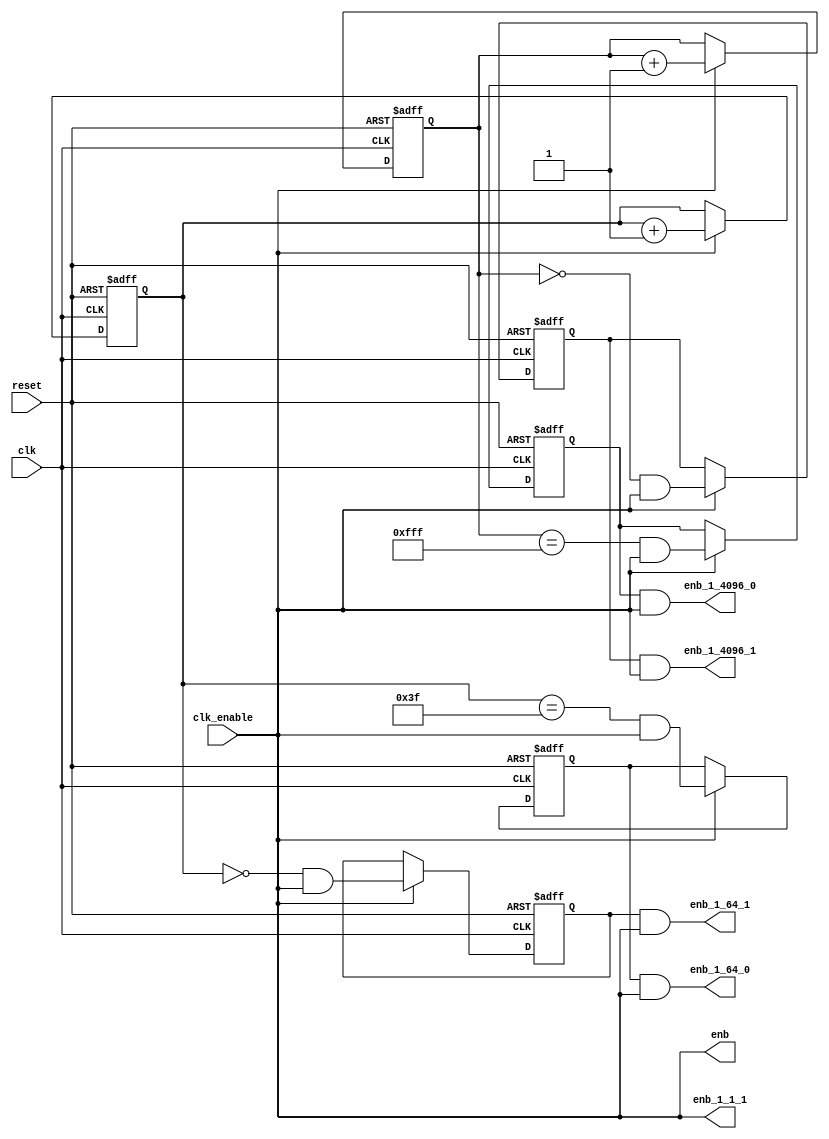
// -------------------------------------------------------------
// 
// 
// Generated by MATLAB 9.14 and HDL Coder 4.1
// 
// -------------------------------------------------------------


// -------------------------------------------------------------
// 
// Module: Transmitter_tc
// Source Path: Transmitter_tc
// Hierarchy Level: 1
// 
// Master clock enable input: clk_enable
// 
// enb         : identical to clk_enable
// enb_1_1_1   : identical to clk_enable
// enb_1_64_0  : 64x slower than clk with last phase
// enb_1_64_1  : 64x slower than clk with phase 1
// enb_1_4096_0: 4096x slower than clk with last phase
// enb_1_4096_1: 4096x slower than clk with phase 1
// 
// -------------------------------------------------------------

`timescale 1 ns / 1 ns

module Transmitter_tc
          (clk,
           reset,
           clk_enable,
           enb,
           enb_1_1_1,
           enb_1_64_0,
           enb_1_64_1,
           enb_1_4096_0,
           enb_1_4096_1);


  input   clk;
  input   reset;
  input   clk_enable;
  output  enb;
  output  enb_1_1_1;
  output  enb_1_64_0;
  output  enb_1_64_1;
  output  enb_1_4096_0;
  output  enb_1_4096_1;


  reg [5:0] count64;  // ufix6
  wire comp_0_tmp;
  wire phase_0_tmp;
  reg  phase_0;
  wire enb_1_64_0_1;
  wire comp_1_tmp;
  wire phase_1_tmp;
  reg  phase_1;
  wire enb_1_64_1_1;
  reg [11:0] count4096;  // ufix12
  wire comp_0_tmp_1;
  wire phase_0_tmp_1;
  reg  phase_0_1;
  wire enb_1_4096_0_1;
  wire comp_1_tmp_1;
  wire phase_1_tmp_1;
  reg  phase_1_1;
  wire enb_1_4096_1_1;


  assign enb = clk_enable;

  assign enb_1_1_1 = clk_enable;

  // Count limited, Unsigned Counter
  //  initial value   = 1
  //  step value      = 1
  //  count to value  = 63
  always @(posedge clk or posedge reset)
    begin : counter_64_process
      if (reset == 1'b1) begin
        count64 <= 6'b000001;
      end
      else begin
        if (clk_enable) begin
          count64 <= count64 + 6'b000001;
        end
      end
    end



  assign comp_0_tmp = count64 == 6'b111111;



  assign phase_0_tmp = comp_0_tmp & clk_enable;



  always @(posedge clk or posedge reset)
    begin : phase_delay_process
      if (reset == 1'b1) begin
        phase_0 <= 1'b0;
      end
      else begin
        if (clk_enable) begin
          phase_0 <= phase_0_tmp;
        end
      end
    end



  assign enb_1_64_0_1 = phase_0 & clk_enable;



  assign enb_1_64_0 = enb_1_64_0_1;

  assign comp_1_tmp = count64 == 6'b000000;



  assign phase_1_tmp = comp_1_tmp & clk_enable;



  always @(posedge clk or posedge reset)
    begin : phase_delay_1_process
      if (reset == 1'b1) begin
        phase_1 <= 1'b1;
      end
      else begin
        if (clk_enable) begin
          phase_1 <= phase_1_tmp;
        end
      end
    end



  assign enb_1_64_1_1 = phase_1 & clk_enable;



  assign enb_1_64_1 = enb_1_64_1_1;

  // Count limited, Unsigned Counter
  //  initial value   = 1
  //  step value      = 1
  //  count to value  = 4095
  always @(posedge clk or posedge reset)
    begin : counter_4096_process
      if (reset == 1'b1) begin
        count4096 <= 12'b000000000001;
      end
      else begin
        if (clk_enable) begin
          count4096 <= count4096 + 12'b000000000001;
        end
      end
    end



  assign comp_0_tmp_1 = count4096 == 12'b111111111111;



  assign phase_0_tmp_1 = comp_0_tmp_1 & clk_enable;



  always @(posedge clk or posedge reset)
    begin : phase_delay_2_process
      if (reset == 1'b1) begin
        phase_0_1 <= 1'b0;
      end
      else begin
        if (clk_enable) begin
          phase_0_1 <= phase_0_tmp_1;
        end
      end
    end



  assign enb_1_4096_0_1 = phase_0_1 & clk_enable;



  assign enb_1_4096_0 = enb_1_4096_0_1;

  assign comp_1_tmp_1 = count4096 == 12'b000000000000;



  assign phase_1_tmp_1 = comp_1_tmp_1 & clk_enable;



  always @(posedge clk or posedge reset)
    begin : phase_delay_3_process
      if (reset == 1'b1) begin
        phase_1_1 <= 1'b1;
      end
      else begin
        if (clk_enable) begin
          phase_1_1 <= phase_1_tmp_1;
        end
      end
    end



  assign enb_1_4096_1_1 = phase_1_1 & clk_enable;



  assign enb_1_4096_1 = enb_1_4096_1_1;

endmodule  // Transmitter_tc